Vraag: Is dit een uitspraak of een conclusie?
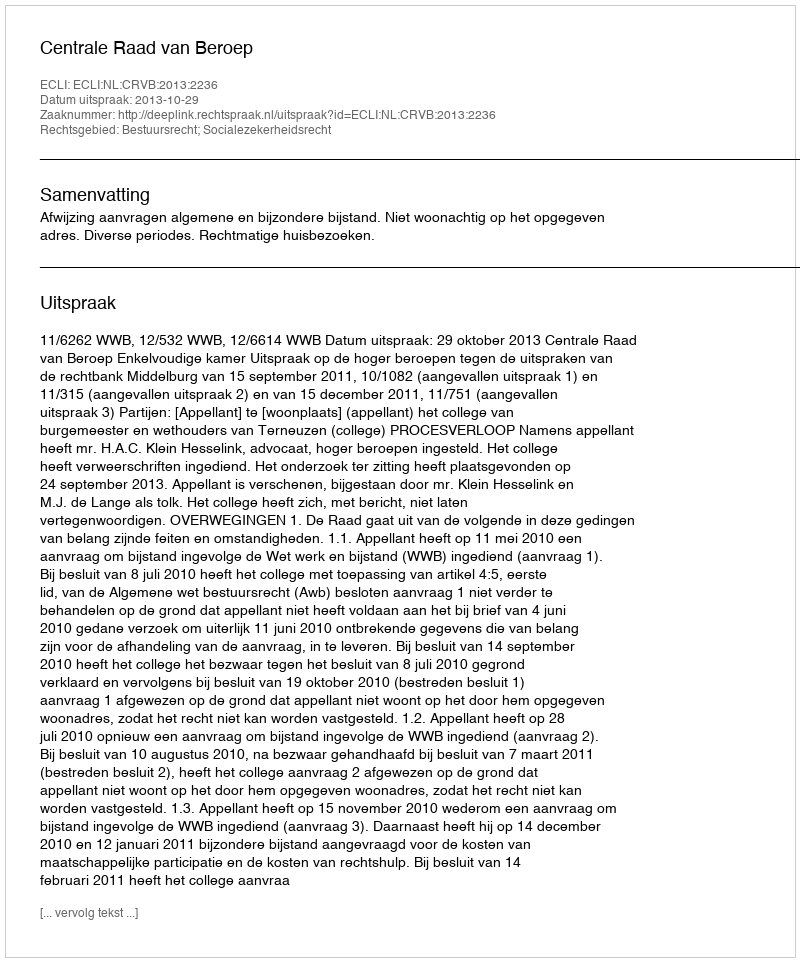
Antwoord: Uitspraak